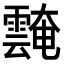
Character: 𩅝